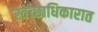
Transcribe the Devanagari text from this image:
स्वेच्छाधिकारात